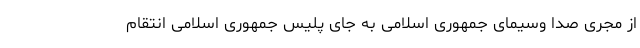
از مجری صدا وسیمای جمهوری اسلامی به جای پلیس جمهوری اسلامی انتقام